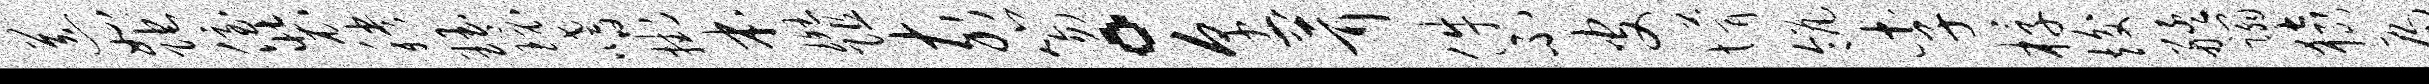
送如陀侄装秧珏环嗜挂本斑阻亥笏。烹茸件不皮懵瓴李椁竣艋蹋猿扁